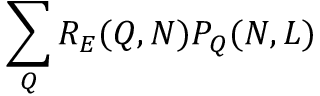
\sum _ { Q } { R _ { E } ( Q , N ) P _ { Q } ( N , L ) }